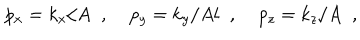
LaTeX: p _ { x } = k _ { x } / A \; \; , \; p _ { y } = k _ { y } / A l \; \; , \; p _ { z } = k _ { z } / A \; \; ,